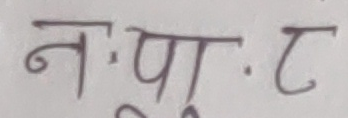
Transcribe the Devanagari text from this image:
नःपुःट.